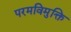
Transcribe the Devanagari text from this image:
परमविमुक्ति